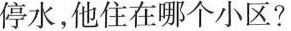
停水，他住在哪个小区?